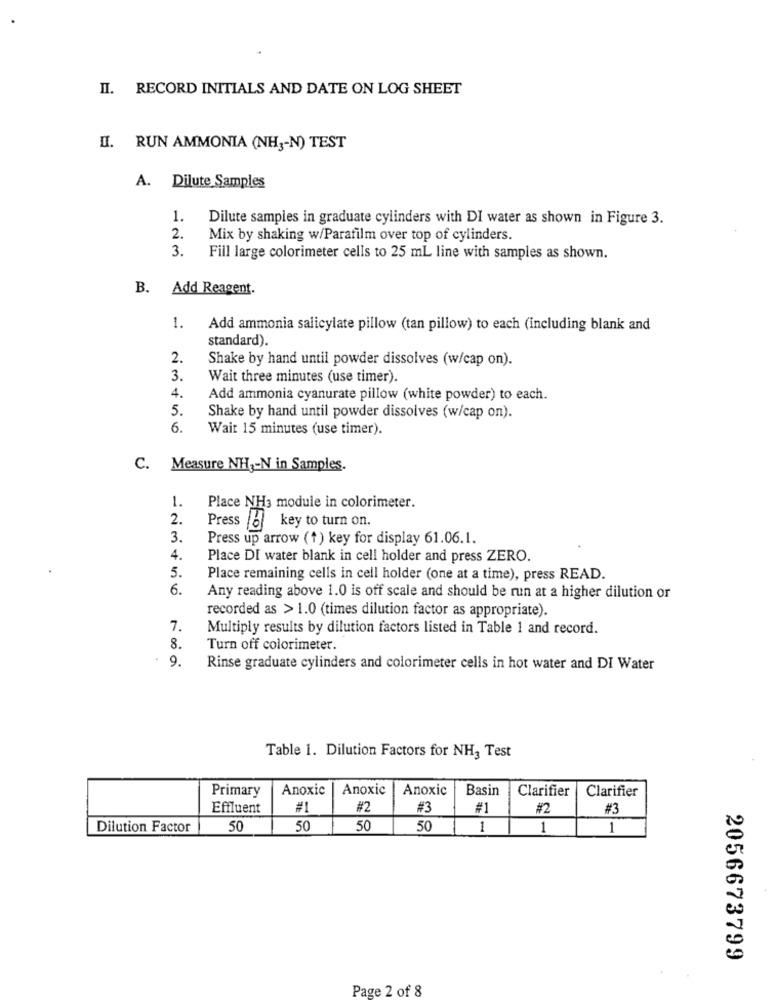
II. RECORD INITIALS AND DATE ON LOG SHEET
II. RUN AMMONIA (NH3-N) TEST
A. Dilute Samples
1.
Dilute samples in graduate cylinders with DI water as shown in Figure 3.
2.
Mix by shaking w/Parafilm over top of cylinders.
3.
Fill large colorimeter cells to 25 mL line with samples as shown.
B. Add Reagent.
1.
Add ammonia salicylate pillow (tan pillow) to each (including blank and
standard).
2.
Shake by hand until powder dissolves (w/cap on).
3.
Wait three minutes (use timer).
4.
Add ammonia cyanurate pillow (white powder) to each.
5.
Shake by hand until powder dissolves (w/cap on).
6.
Wait 15 minutes (use timer).
C.
Measure NH ,- N in Samples.
1.
Place NH3 module in colorimeter.
2.
Press 6/ key to turn on.
3.
Press up arrow (+) key for display 61.06.1.
4.
Place DI water blank in cell holder and press ZERO.
5.
Place remaining cells in cell holder (one at a time), press READ.
6.
Any reading above 1.0 is off scale and should be run at a higher dilution or
recorded as > 1.0 (times dilution factor as appropriate).
7.
Multiply results by dilution factors listed in Table 1 and record.
8.
Turn off colorimeter.
9.
Rinse graduate cylinders and colorimeter cells in hot water and DI Water
Table 1. Dilution Factors for NH3 Test
Primary
Anoxic
Anoxic
Anoxic
Basin
Clarifier
Clarifier
Effluent
#1
#2
#3
#1
#2
#3
Dilution Factor
50
50
50
50
1
1
1
2056673799
Page 2 of 8